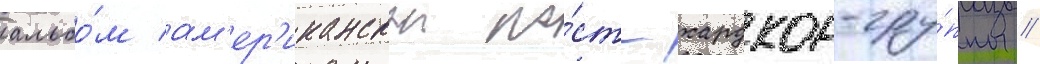
альбо́м ам'ер'иканскои по́ст-хардкор-гру́ппы /